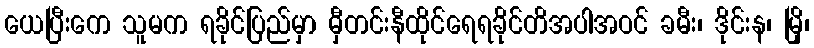
ယေပြီးကေ သူမက ရခိုင်ပြည်မှာ မှီတင်းနီထိုင်ရေရခိုင်တိအပါအဝင် ခမီး၊ ဒိုင်းန၊ မြို၊